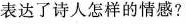
表达了诗人怎样的情感?